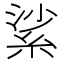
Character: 𦀟